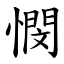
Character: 憫